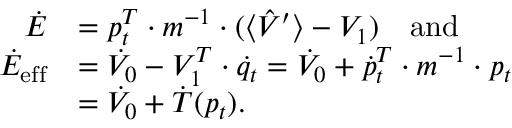
\begin{array} { r l } { \dot { E } } & { = p _ { t } ^ { T } \cdot m ^ { - 1 } \cdot ( \langle \hat { V } ^ { \prime } \rangle - V _ { 1 } ) \mathrm { ~ \ \ a n d } } \\ { \dot { E } _ { \mathrm { e f f } } } & { = \dot { V } _ { 0 } - V _ { 1 } ^ { T } \cdot \dot { q } _ { t } = \dot { V } _ { 0 } + \dot { p } _ { t } ^ { T } \cdot m ^ { - 1 } \cdot p _ { t } } \\ & { = \dot { V } _ { 0 } + \dot { T } ( p _ { t } ) . } \end{array}